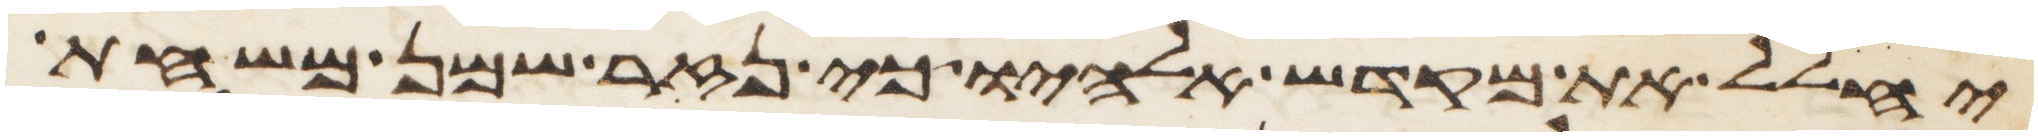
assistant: יחלל את מקדש אלהיו כי נזר שמן משחת